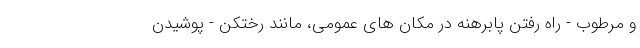
و مرطوب - راه رفتن پابرهنه در مکان های عمومی، مانند رختکن - پوشیدن